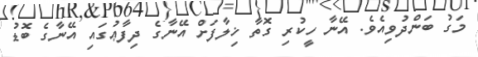
މަގު ބަންދުވިއެވެ. އޭނާ ހީކުރި ގޮތާ ޚިލާފަށް އޭނާގެ ދިފާޢުުގައި އޭނާގެ ބޮޑު